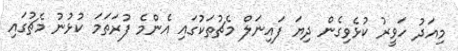
މިއަދު ހަވީރު ކުޅެވިގެން ދިޔަ ފައިނަލް މެޗުތަކުގައި އެންމެ ފުރަތަމަ ކުޅުނު މެޗުގައި